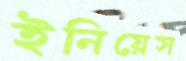
ইনিয়েস